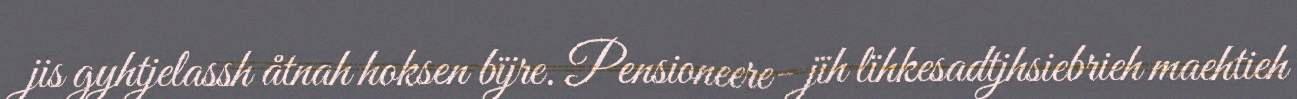
jis gyhtjelassh åtnah hoksen bïjre. Pensioneere- jïh lïhkesadtjhsiebrieh maehtieh